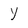
Character: y